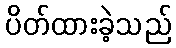
ပိတ်ထားခဲ့သည်